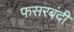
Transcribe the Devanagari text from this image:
फसरबंदी